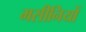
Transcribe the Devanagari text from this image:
मसीनियों